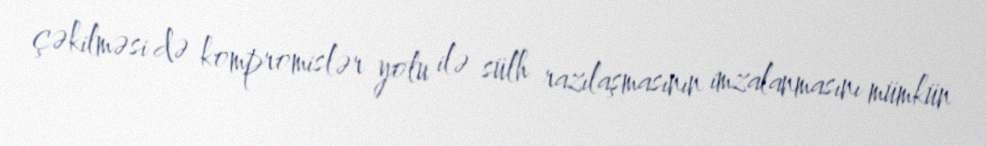
çəkilməsi də kompromislər yolu ilə sülh razılaşmasının imzalanmasını mümkün